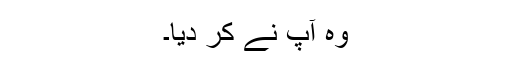
وہ آپ نے کر دیا۔